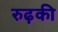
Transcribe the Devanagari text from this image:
रुढ़की